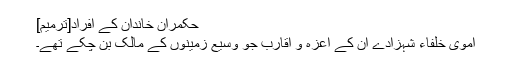
حکمران خاندان کے افراد[ترمیم]
اموی خلفاء شہزادے ان کے اعزہ و اقارب جو وسیع زمینوں کے مالک بن چکے تھے۔